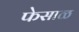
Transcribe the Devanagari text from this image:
फेसाळ